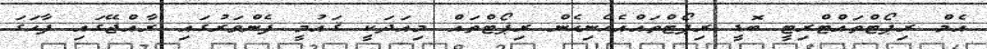
އެމް ރިޕޯޓްތައްޓްރިޓީ ބޮޑީ ރިޕޯޓްތައްއެހެނިހެން ރިޕޯޓްތައް މިއަދަކީ ޤައުމީ ފެންވަރުގައި ރާއްޖޭގައި ފާހަގަ